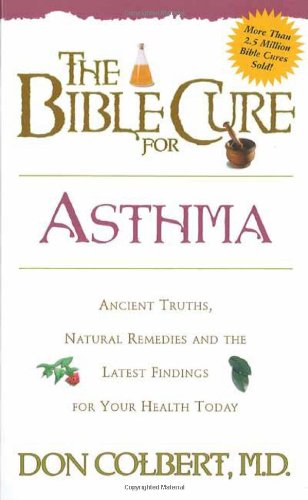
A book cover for The Bible Cure for Asthma: Ancient Truths, Natural Remedies and the Latest Findings for Your Health Today (New Bible Cure (Siloam)); Don Colbert MD; Health, Fitness & Dieting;